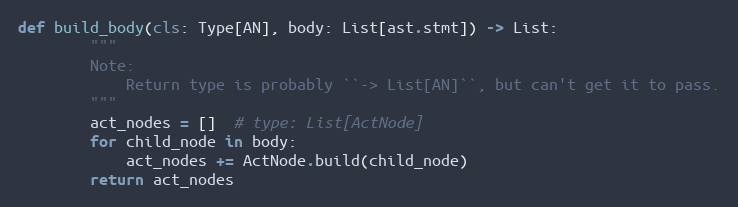
Language: Python
def build_body(cls: Type[AN], body: List[ast.stmt]) -> List:
        """
        Note:
            Return type is probably ``-> List[AN]``, but can't get it to pass.
        """
        act_nodes = []  # type: List[ActNode]
        for child_node in body:
            act_nodes += ActNode.build(child_node)
        return act_nodes